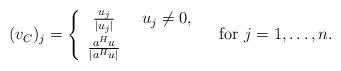
LaTeX: \begin{align*}(v_C)_j = \left\{\begin{array}{c@{\quad}l}\tfrac{u_j}{|u_j|} & \ u_j\neq 0,\\\noalign{\smallskip}\tfrac{a^Hu}{|a^Hu|} & \end{array}\right. \quad\mbox{for } j=1,\ldots,n.\end{align*}